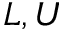
L , U